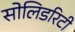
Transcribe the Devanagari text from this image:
सोलिडरिटी